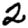
Digit: 2